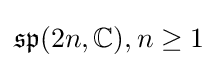
{\mathfrak {sp}}(2n,\mathbb {C} ),n\geq 1